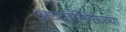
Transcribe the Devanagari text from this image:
अध्यात्मिक्तेच्या